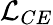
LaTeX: \mathcal{L}_{CE}